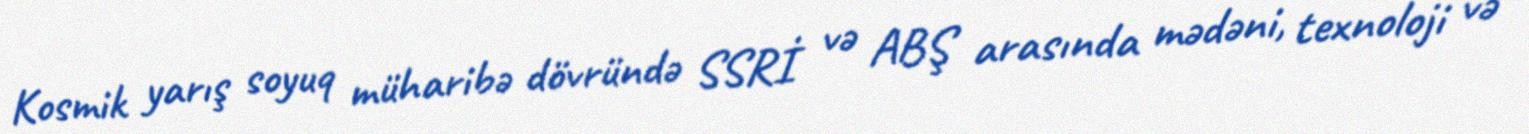
Kosmik yarış soyuq müharibə dövründə SSRİ və ABŞ arasında mədəni, texnoloji və